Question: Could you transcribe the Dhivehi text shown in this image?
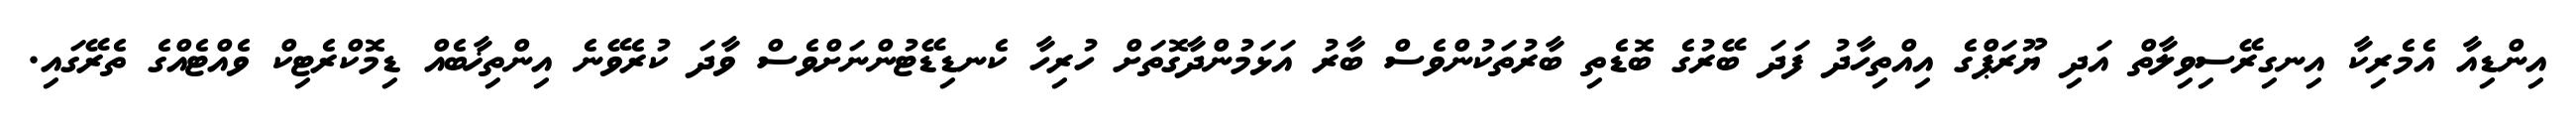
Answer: އިންޑިއާ އެމެރިކާ އިނގިރޭސިވިލާތް އަދި ޔޫރަޕްގެ އިއްތިހާދު ފަދަ ބޭރުގެ ބޮޑެތި ބާރުތަކުންވެސް ބާރު އަޅަމުންދާގޮތަށް ހުރިހާ ކެނޑިޑޭޓުންނަށްވެސް ވާދަ ކުރެވޭނެ އިންތިޚާބެއް ޑިމޮކްރެޓިކް ވެއްޓެއްގެ ތެރޭގައި.